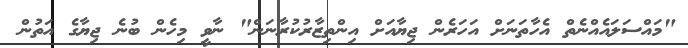
"މައްސަލައެއްނެތް އެހާތަނަށް އަހަރެން ޖިޔާއަށް އިންތިޒާރުކުރާނަން" ނާވީ މިހެން ބުނެ ޖިޔާގެ އަތުން